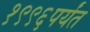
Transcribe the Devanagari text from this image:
१९९६पर्यंत